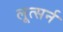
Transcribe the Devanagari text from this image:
लूत्सर्न